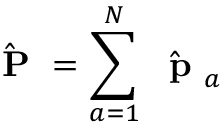
\hat { \mathrm { ~ \bf ~ P ~ } } = \sum _ { a = 1 } ^ { N } \hat { \mathrm { ~ \bf ~ p ~ } } _ { a }